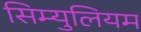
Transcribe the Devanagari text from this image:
सिम्युलियम